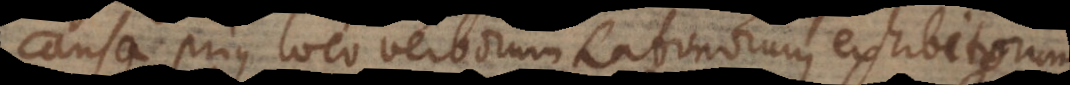
causa prius loco verborum Latinorum exhibitorum,